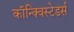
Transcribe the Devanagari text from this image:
कॉन्क्विस्टेडर्स